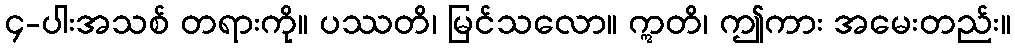
၄-ပါးအသစ် တရားကို။ ပဿတိ၊ မြင်သလော။ ဣတိ၊ ဤကား အမေးတည်း။